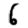
Digit: 6